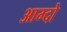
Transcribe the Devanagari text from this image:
आम्दो